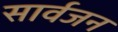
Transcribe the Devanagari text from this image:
सार्वजन